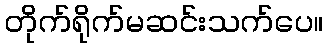
တိုက်ရိုက်မဆင်းသက်ပေ။